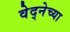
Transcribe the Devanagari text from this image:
वेद्नेच्या